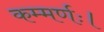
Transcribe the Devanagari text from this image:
कम्मर्णः।